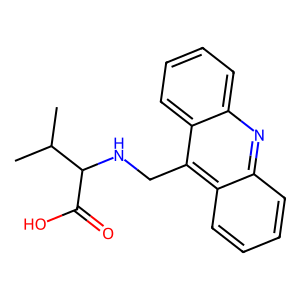
SMILES: CC(C)C(NCc1c2ccccc2nc2ccccc12)C(=O)O
Inhibits HIV replication: No